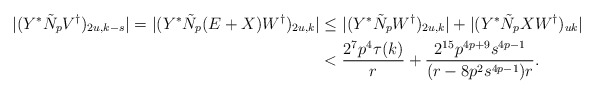
\begin{align*}|(Y^*\tilde{N}_pV^{\dagger})_{2u,k-s}|=|(Y^*\tilde{N}_p(E+X)W^{\dagger})_{2u,k}|&\leq |(Y^*\tilde{N}_pW^{\dagger})_{2u,k}|+|(Y^*\tilde{N}_pXW^{\dagger})_{uk}|\\&<\frac{2^7p^4\tau(k)}{r}+\frac{2^{15}p^{4p+9}s^{4p-1}}{(r-8p^2s^{4p-1})r}.\end{align*}